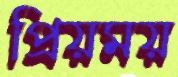
প্রিয়ময়